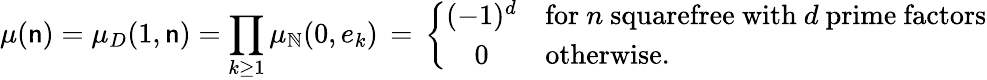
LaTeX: \mu(\mathsf{n})=\mu_{D}(1,\mathsf{n})=\prod_{k\geq1}\mu_{\mathbb{{N}}}(0,e_{k})\, =\, \left\{ {\begin{array}{cl}{(-1)^{d}}&{{\mathrm{for~}}n{\mathrm{~squarefree~with~}}d{\mathrm{~prime~factors}}}\\ {0}&{{\mathrm{otherwise.}}}\end{array}}\right.